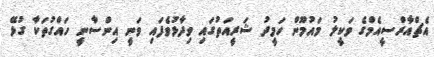
އެޗްއާރްސީއެމްގެ ވަކީލު މައުމޫން ހަމީދު ޝަރީއަތުގައި ވިދާޅުވެފައި ވަނީ އިންސާނީ ހައްގުތަކާ ގުޅޭ